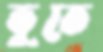
ভূতে